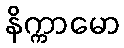
နိက္ကာမော